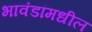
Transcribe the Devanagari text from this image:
भावंडांमधील